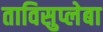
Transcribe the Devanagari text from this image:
ताविसुप्लेबा